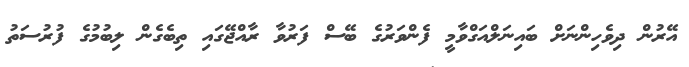
އޭރުން ދިވެހިންނަށް ބައިނަލްއަގްވާމީ ފެންވަރުގެ ބޭސް ފަރުވާ ރާއްޖޭގައި ތިބެގެން ލިބުމުގެ ފުރުސަތު